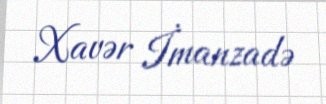
Xavər İmanzadə